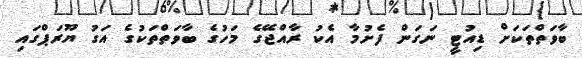
ބާވަތްތަކަށް ޑިއުޓީ ނަގަން ފެށުމާ އެކު ރާއްޖޭގެ މަހުގެ ބާވަތްތަކުގެ އަގު ޔޫރަޕްގައި